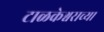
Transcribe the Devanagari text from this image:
टाळकेश्वराच्या